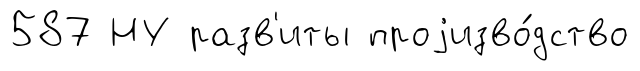
587 НУ разв'иты проjизво́дство